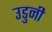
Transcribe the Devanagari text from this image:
उडुनी